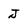
Character: J